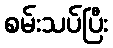
စမ်းသပ်ပြီး